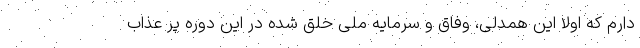
دارم که اولا این همدلی، وفاق و سرمایه ملی خلق شده در این دوره پر عذاب